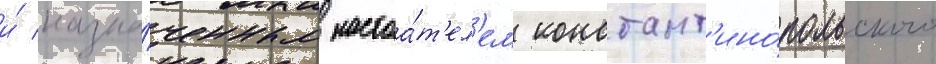
и́ назна́ченным настоа́т'ел'ем констант'ино́польского